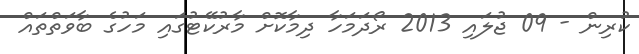
ކުރިން - 09 ޖުލައި 2013 ރޯދަމަހާ ދިމާކޮށް މާރުކޭޓުގައި މަހުގެ ބާވަތްތައް